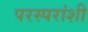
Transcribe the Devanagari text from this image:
परस्‍परांशी